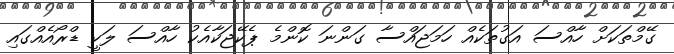
ގޭމްތަކަށް ހާއްސަ އަގުތަކެއް ހަމަޖައްސާ ގަންނަ ކޮންމެ ޕެކޭޖަކާއެކު ހާއްސަ ލަކީ ޑްރޯއެއްގައި